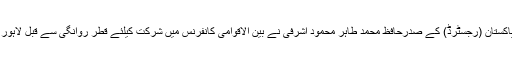
یہ بات پاکستان علماء کونسل کے مرکزی چیئرمین اور وفاق المساجد پاکستان (رجسٹرڈ) کے صدرحافظ محمد طاہر محمود اشرفی نے بین الاقوامی کانفرنس میں شرکت کیلئے قطر روانگی سے قبل لاہور ایئر پورٹ پر ذارائع ابلاغ کے نمائندوں سے گفتگو کرتے ہوئے کہی۔